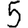
Digit: 5